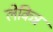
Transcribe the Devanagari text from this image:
लेकिन्न